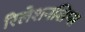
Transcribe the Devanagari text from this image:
रिलेशनशिप्स